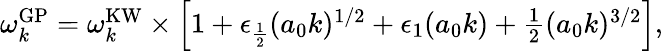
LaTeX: \begin{array}{r}{\omega_{k}^{\mathrm{GP}}=\omega_{k}^{\mathrm{KW}}\times\left[1+\epsilon_{\frac 12}(a_{0}k)^{1/2}+\epsilon_{1}(a_{0}k)+\frac 12(a_{0}k)^{3/2}\right],}\end{array}